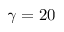
\gamma = 2 0